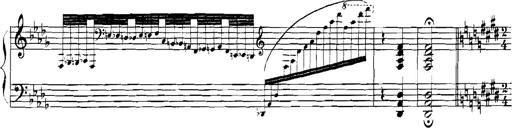
Title: Rhapsodies hongroises
Composer: Franz Liszt